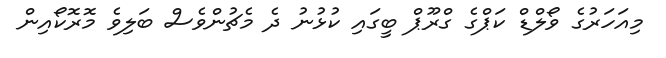
މިއަހަރުގެ ވޯލްޑް ކަޕްގެ ގްރޫޕް ބީގައި ކުޅުނު ދެ މެޗުންވެސް ބަލިވެ މޮރޮކޯއިން